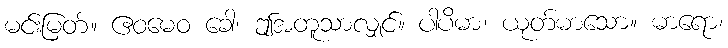
မင်းမြတ်။ ဧဝမေဝ ခေါ၊ ဤအတူသာလျှင်။ ပါပိမာ၊ ယုတ်မာသော။ မာရော၊